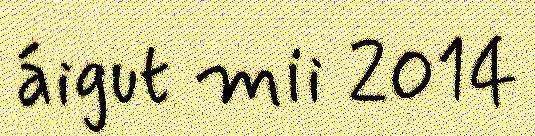
áigut mii 2014